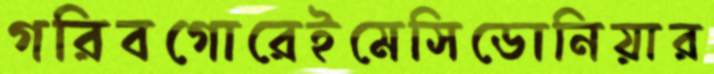
গরিবগোরেইমেসিডোনিয়ার